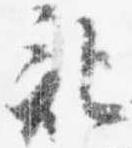
記